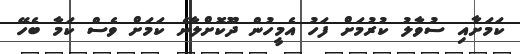
ކަމަށާއި ސުވާލު ކުރުމަށް ފަހު އެމީހުން ދޫކޮށްލާނެ ކަމަށް ވެސް ކަމާ ބެހޭ